Annual administration and progress report of the Indian Medical Department, Bombay
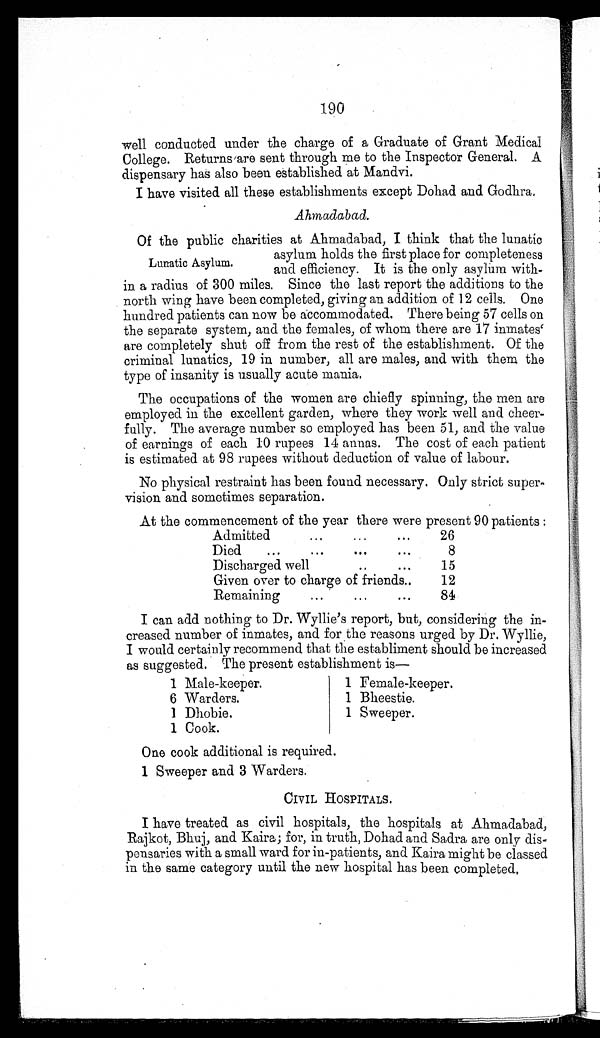
190
well conducted under the charge of a Graduate of Grant Medical
College. Returns are sent through me to the Inspector General. A
dispensary has also been established at Mandvi.
I have visited all these establishments except Dohad and Godhra.
Ahmadabad.
Lunatic Asylum.
Of the public charities at Ahmadabad, I think that the lunatic
asylum holds the first place for completeness
and efficiency. It is the only asylum with-
in a radius of 300 miles. Since the last report the additions to the
north wing have been completed, giving an addition of 12 cells. One
hundred patients can now be accommodated. There being 57 cells on
the separate system, and the females, of whom there are 17 inmates
are completely shut off from the rest of the establishment. Of the
criminal lunatics, 19 in number, all are males, and with them the
type of insanity is usually acute mania.
The occupations of the women are chiefly spinning, the men are
employed in the excellent garden, where they work well and cheer-
fully. The average number so employed has been 51, and the value
of earnings of each 10 rupees 14 annas. The cost of each patient
is estimated at 98 rupees without deduction of value of labour.
No physical restraint has been found necessary. Only strict super-
vision and sometimes separation.
At the commencement of the year there were present 90 patients:
Admitted
26
Died
8
Discharged well
15
Given over to charge of friends
12
Remaining
84
I can add nothing to Dr. Wyllie's report, but, considering the in-
creased number of inmates, and for the reasons urged by Dr. Wyllie,
I would certainly recommend that the establiment should be increased
as suggested
The present establishment is-
1 Female-keeper,
1 Bheestie.
1 Sweeper.
1 Male-keeper.
6 6 War der s .
1 Dhobi e.
1 Cook.
One cook additional is required.
1 Sweeper and 3 Warders.
CIVIL HOSPITALS.
I have treated as civil hospitals, the hospitals at Ahmadabad,
Rajkot, Bhuj, and Kaira; for, in truth, Dohad and Sadra are only dis-
pensaries with a small ward for in-patients, and Kaira might be classed
in the same category until the new hospital has been completed,